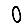
Digit: 0